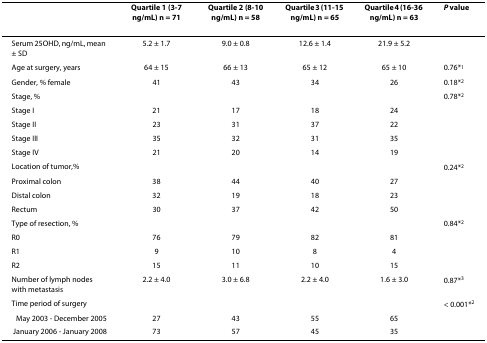
<table><thead><tr><td></td><td><b>Quartile 1 (3-7 ng/mL) n = 71</b></td><td><b>Quartile 2 (8-10 ng/mL) n = 58</b></td><td><b>Quartile 3 (11-15 ng/mL) n = 65</b></td><td><b>Quartile 4 (16-36 ng/mL) n = 63</b></td><td><b><i>P </i>value</b></td></tr></thead><tbody><tr><td>Serum 25OHD, ng/mL, mean ± SD</td><td>5.2 ± 1.7</td><td>9.0 ± 0.8</td><td>12.6 ± 1.4</td><td>21.9 ± 5.2</td><td></td></tr><tr><td>Age at surgery, years</td><td>64 ± 15</td><td>66 ± 13</td><td>65 ± 12</td><td>65 ± 10</td><td>0.76*<sup>1</sup></td></tr><tr><td>Gender, % female</td><td>41</td><td>43</td><td>34</td><td>26</td><td>0.18*<sup>2</sup></td></tr><tr><td>Stage, %</td><td></td><td></td><td></td><td></td><td>0.78*<sup>2</sup></td></tr><tr><td>Stage I</td><td>21</td><td>17</td><td>18</td><td>24</td><td></td></tr><tr><td>Stage II</td><td>23</td><td>31</td><td>37</td><td>22</td><td></td></tr><tr><td>Stage III</td><td>35</td><td>32</td><td>31</td><td>35</td><td></td></tr><tr><td>Stage IV</td><td>21</td><td>20</td><td>14</td><td>19</td><td></td></tr><tr><td>Location of tumor,%</td><td></td><td></td><td></td><td></td><td>0.24*<sup>2</sup></td></tr><tr><td>Proximal colon</td><td>38</td><td>44</td><td>40</td><td>27</td><td></td></tr><tr><td>Distal colon</td><td>32</td><td>19</td><td>18</td><td>23</td><td></td></tr><tr><td>Rectum</td><td>30</td><td>37</td><td>42</td><td>50</td><td></td></tr><tr><td>Type of resection, %</td><td></td><td></td><td></td><td></td><td>0.84*<sup>2</sup></td></tr><tr><td>R0</td><td>76</td><td>79</td><td>82</td><td>81</td><td></td></tr><tr><td>R1</td><td>9</td><td>10</td><td>8</td><td>4</td><td></td></tr><tr><td>R2</td><td>15</td><td>11</td><td>10</td><td>15</td><td></td></tr><tr><td>Number of lymph nodes with metastasis</td><td>2.2 ± 4.0</td><td>3.0 ± 6.8</td><td>2.2 ± 4.0</td><td>1.6 ± 3.0</td><td>0.87*<sup>3</sup></td></tr><tr><td>Time period of surgery</td><td></td><td></td><td></td><td></td><td>&lt; 0.001*<sup>2</sup></td></tr><tr><td>May 2003 - December 2005</td><td>27</td><td>43</td><td>55</td><td>65</td><td></td></tr><tr><td>January 2006 - January 2008</td><td>73</td><td>57</td><td>45</td><td>35</td><td></td></tr></tbody></table>